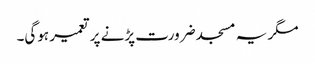
مگر یہ مسجد ضرورت پڑنے پر تعمیر ہوگی۔